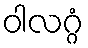
ဝါလဂ္ဂံ